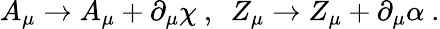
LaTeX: A_{\mu}\to A_{\mu}+\partial_{\mu}\chi~,~~Z_{\mu}\to Z_{\mu}+\partial_{\mu}\alpha~.